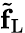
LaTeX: \tilde{\mathbf{f}}_{\mathrm{L}}